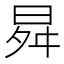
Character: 曻